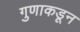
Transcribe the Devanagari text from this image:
गुणाकडून